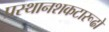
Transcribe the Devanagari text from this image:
प्रस्थानशकटारूढो